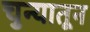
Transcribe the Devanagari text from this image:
चुन्यातून